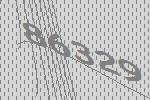
86329